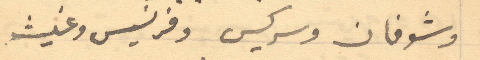
وشوفان وسركيس وفرنسيس وغيث